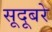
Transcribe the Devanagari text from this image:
सूदूबरे